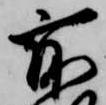
所